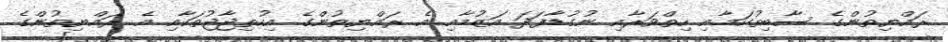
ރައްޔިތުންގެ ސާބިތުކަމާއި ހިތްވަރާއި ނުގުޑާފަދަ އަޒުމާއި އެ ރައްޔިތުންގެ އިހުތިޖާޖުތަކާއި އެ ރައްޔިތުންގެ